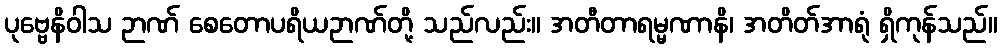
ပုဗ္ဗေနိဝါသ ဉာဏ် စေတောပရိယဉာဏ်တို့ သည်လည်း။ အတီတာရမ္မဏာနိ၊ အတိတ်အာရုံ ရှိကုန်သည်။